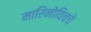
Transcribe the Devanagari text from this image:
मारिनोविचचे